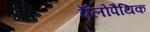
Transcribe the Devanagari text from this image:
ऍलोपैथिक